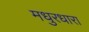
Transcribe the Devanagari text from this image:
मधुरधारा